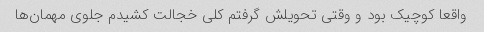
واقعا کوچیک بود و وقتی تحویلش گرفتم کلی خجالت کشیدم جلوی مهمان‌ها